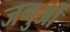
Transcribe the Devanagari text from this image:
जगुओं